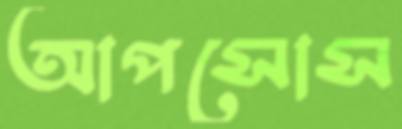
আপসোস